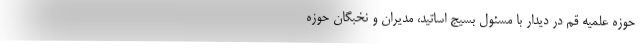
حوزه علمیه قم در دیدار با مسئول بسیج اساتید، مدیران و نخبگان حوزه